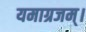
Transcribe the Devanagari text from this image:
यमाग्रजम्।